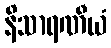
နိသာရဏီယံ